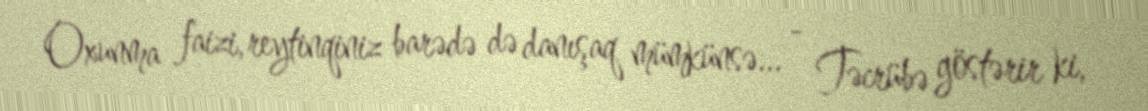
Oxunma faizi, reytinqiniz barədə də danışaq mümkünsə... - Təcrübə göstərir ki,